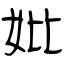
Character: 妣